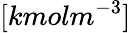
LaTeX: [kmolm^{-3}]